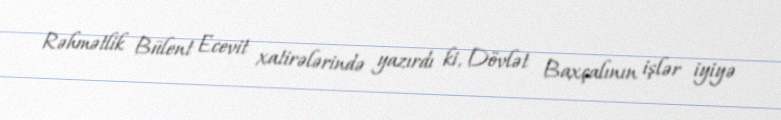
Rəhmətlik Bülent Ecevit xatirələrində yazırdı ki, Dövlət Baxçalının işlər iyiyə